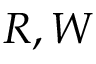
R , W